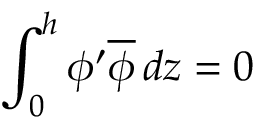
\displaystyle \int _ { 0 } ^ { h } \phi ^ { \prime } \overline { { \phi } } \, d z = 0